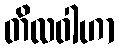
တိလဝါဟာ